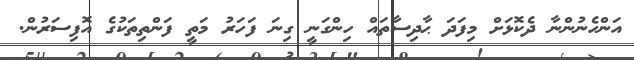
އަންހެނުންނާ ދެކޮޅަށް މިފަދަ ޙާދިސާތައް ހިންގަނީ ގިނަ ފަހަރު މަތީ ފަންތިތަކުގެ އޮފިސަރުން.